Annual report on the Civil Veterinary Department, Burma (including the Insein Veterinary School) - 1910-1922
Year: 1910
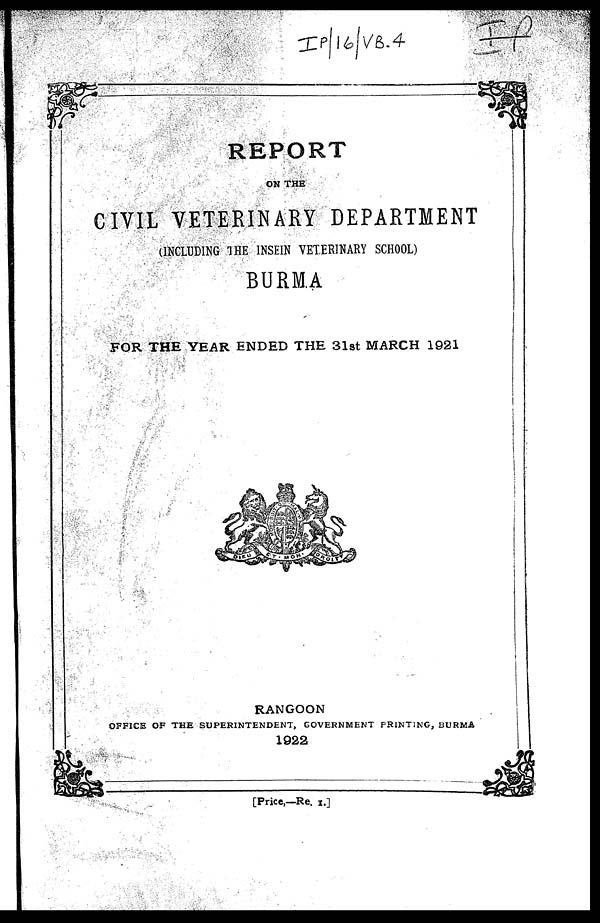
REPORT
ON THE
CIVIL VETERINARY DEPARTMENT
(INCLUDING THE INSEIN VETERINARY SCHOOL)
BURMA
FOR THE YEAR ENDED THE 31st MARCH 1921
RANGOON
OFFICE OF THE SUPERINTENDENT, GOVERNMENT FRINTING, BURMA
1922
[Price,—Re. 1.]